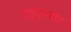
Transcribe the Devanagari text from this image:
एल्डरका